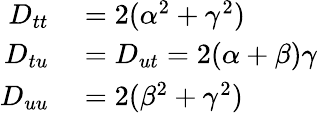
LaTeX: \begin{array}{rl}{D_{tt}}&{{}=2(\alpha^{2}+\gamma^{2})}\\ {D_{tu}}&{{}=D_{ut}=2(\alpha+\beta)\gamma}\\ {D_{uu}}&{{}=2(\beta^{2}+\gamma^{2})}\end{array}